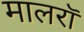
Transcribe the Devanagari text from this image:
मालरॉ